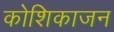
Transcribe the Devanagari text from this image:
कोशिकाजन